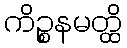
ကိဉ္စနမတ္ထိ